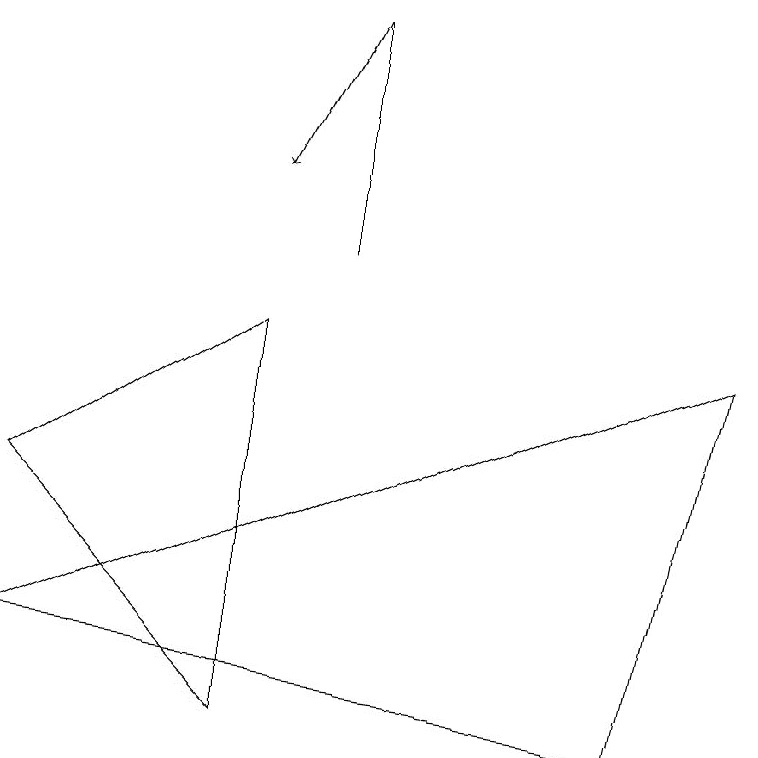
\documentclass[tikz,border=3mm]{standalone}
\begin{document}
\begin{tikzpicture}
\draw[->] (4,13) -- (3,11);
\draw (9,9) -- (8,4) -- (0,5) -- cycle;
\draw (0,7) -- (3,9) -- (3,4) -- cycle;
\draw (4,10) rectangle (4,13);
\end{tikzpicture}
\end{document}